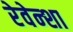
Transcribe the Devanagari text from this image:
रेवेन्शा